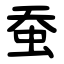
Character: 蚕